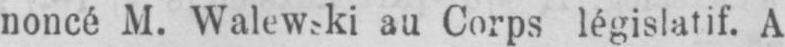
noncé M. Walewski au Corps législatif. A